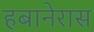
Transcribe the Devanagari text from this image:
हबानेरास